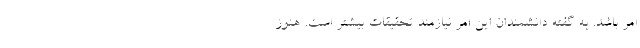
امر باشد. به گفته دانشمندان این امر نیازمند تحقیقات بیشتر است. هنوز